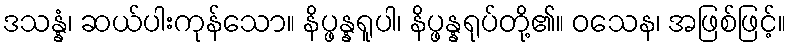
ဒသန္နံ၊ ဆယ်ပါးကုန်သော။ နိပ္ဖန္နရူပါ၊ နိပ္ဖန္နရုပ်တို့၏။ ဝသေန၊ အဖြစ်ဖြင့်။